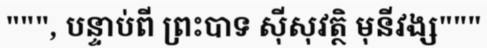
""", បន្ទាប់ពី ព្រះបាទ ស៊ីសុវត្ថិ មុនីវង្ស"""